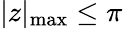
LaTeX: |z|_{\operatorname*{max}}\leq\pi